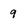
Character: 9